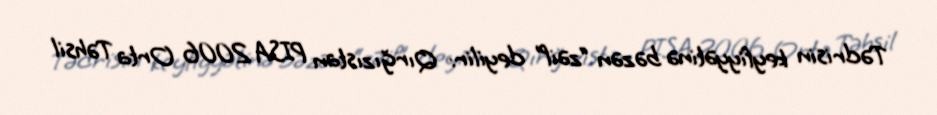
Tədrisin keyfiyyətinə bəzən “zəif” deyilir: Qırğızıstan PISA 2006 Orta Təhsil